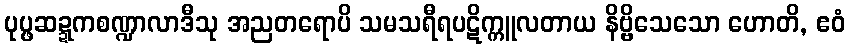
ပုပ္ဖဆဍ္ဍကစဏ္ဍာလာဒီသု အညတရောပိ သမသရီရပဋိက္ကူလတာယ နိဗ္ဗိသေသော ဟောတိ, ဧဝံ